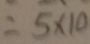
= 5 \times 1 0